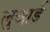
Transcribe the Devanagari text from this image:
लुआर्ड